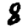
Digit: 8